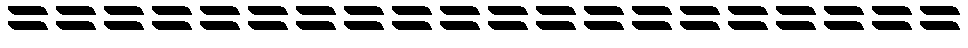
====================